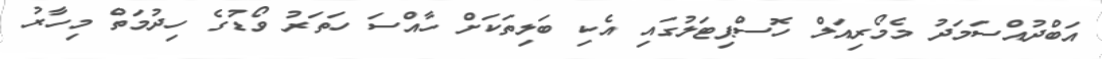
އަބްދުއްސަމަދު މެމޯރިއަލް ހޮސްޕިޓަލުގައި އެކި ބަލިތަކަށް ހާއްސަ ހަތަރު ވޯޑުގެ ހިދުމަތް މިހާރު